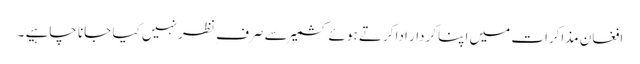
افغان مذاکرات میں اپنا کردار ادا کرتے ہوئے کشمیر سے صرف ِ نظر نہیں کیا جانا چاہیے ۔